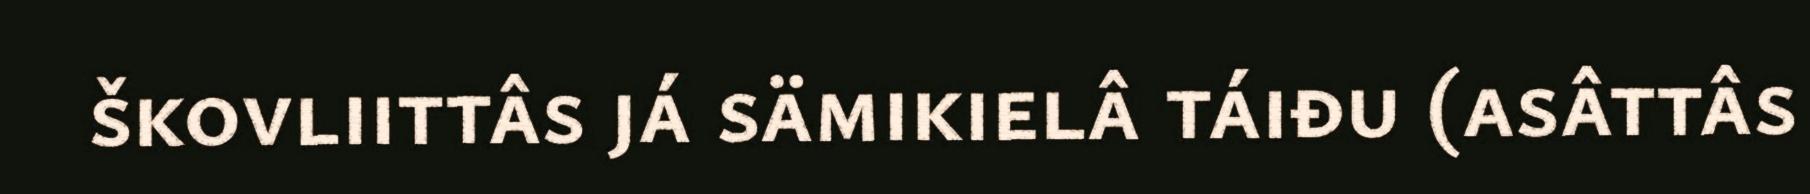
škovliittâs já sämikielâ táiđu (asâttâs